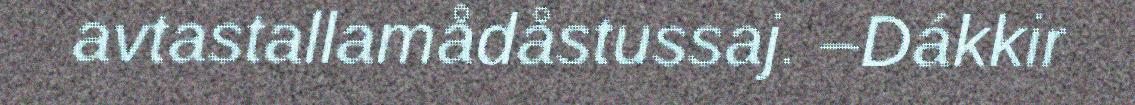
avtastallamådåstussaj. –Dákkir